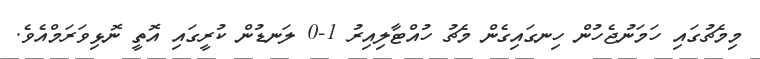
މިމެޗުގައި ހަމަނުޖެހުން ހިނގައިގެން މެޗު ހުއްޓާލިއިރު 1-0 ލަނޑުން ކުރީގައި އޮތީ ނޮޅިވަރަމްއެވެ.